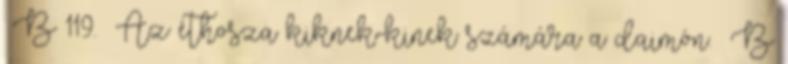
B 119. Az éthosza kiknek-kinek számára a daimón. B